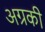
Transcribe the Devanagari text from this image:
अग्रकी